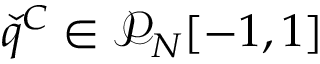
\check { q } ^ { C } \in \mathcal { P } _ { N } [ - 1 , 1 ]